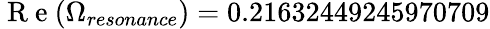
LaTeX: \mathrm{~R~e~}(\Omega_{resonance})=0.21632449245970709